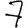
Digit: 7